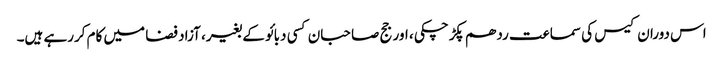
اس دوران کیس کی سماعت ردھم پکڑچکی ، اور جج صاحبان کسی دبائو کے بغیر، آزاد فضا میں کام کررہے ہیں۔